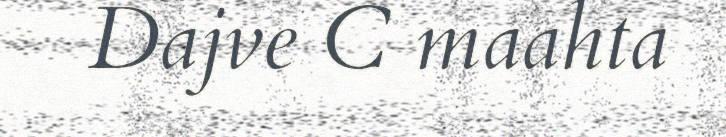
Dajve C maahta